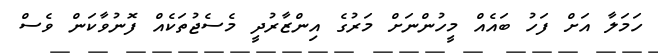
ހަމަލާ އަށް ފަހު ބައެއް މީހުންނަށް މަރުގެ އިންޒާރުދީ މެސެޖުތަކެއް ފޮނުވާކަން ވެސް